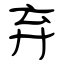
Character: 弃